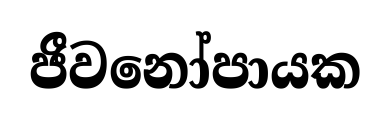
ජීවනෝපායක